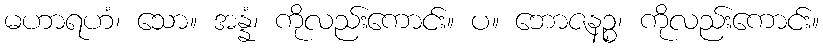
မဟာရဟံ၊ သော။ အန္နံ၊ ကိုလည်းကောင်း။ ပ။ ဘောဇနဉ္စ၊ ကိုလည်းကောင်း။